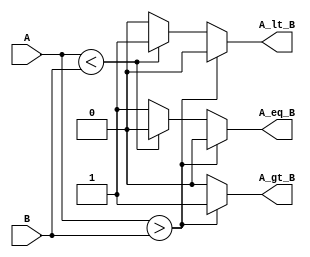
module ParameterizedComparator #(
    parameter N = 8  // Default width of the inputs
) (
    input  wire [N-1:0] A, // Input A
    input  wire [N-1:0] B, // Input B
    output reg  A_gt_B,    // Output: A greater than B
    output reg  A_lt_B,    // Output: A less than B
    output reg  A_eq_B     // Output: A equal to B
);

    // Behavioral comparison
    always @* begin
        // Initialize outputs to 0
        A_gt_B = 1'b0;
        A_lt_B = 1'b0;
        A_eq_B = 1'b0;

        // Perform comparisons
        if (A > B) begin
            A_gt_B = 1'b1; // A is greater than B
        end else if (A < B) begin
            A_lt_B = 1'b1; // A is less than B
        end else begin
            A_eq_B = 1'b1; // A is equal to B
        end
    end

endmodule